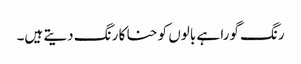
رنگ گورا ہے بالوں کو حنا کا رنگ دیتے ہیں۔